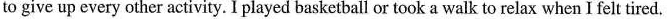
to give up every other activity. I played basketball or took a walk to relax when I felt tired.